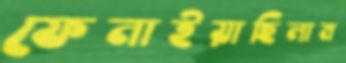
ফেনাইয়াছিলাম